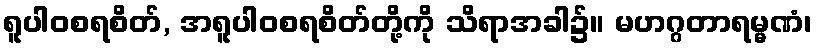
ရူပါဝစရစိတ်, အရူပါဝစရစိတ်တို့ကို သိရာအခါ၌။ မဟဂ္ဂတာရမ္မဏံ၊